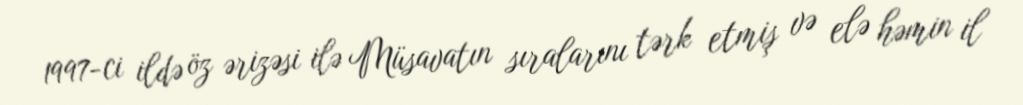
1997-ci ildə öz ərizəsi ilə Müsavatın sıralarını tərk etmiş və elə həmin il